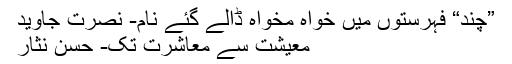
”چند“ فہرستوں میں خواہ مخواہ ڈالے گئے نام- نصرت جاوید
معیشت سے معاشرت تک- حسن نثار